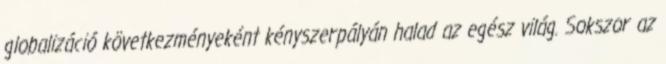
globalizáció következményeként kényszerpályán halad az egész világ. Sokszor az